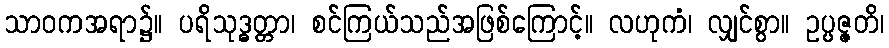
သာဝကအရာ၌။ ပရိသုဒ္ဓတ္တာ၊ စင်ကြယ်သည်အဖြစ်ကြောင့်။ လဟုကံ၊ လျှင်စွာ။ ဥပ္ပဇ္ဇတိ၊